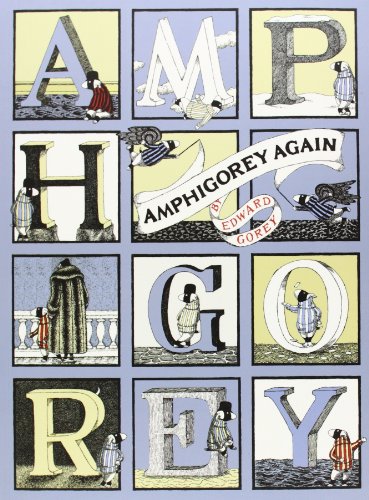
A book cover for Amphigorey Again; Edward Gorey; Comics & Graphic Novels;